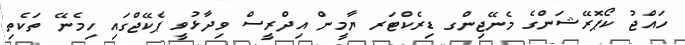
ހައްޖު ކޯޕޮރޭޝަންގެ މެނޭޖިންގ ޑިރެކްޓަރ ޔާމީން އިދްރީސް ވިދާޅުވީ ޕެކޭޖްގައި ހިމެނޭ ތަކެތި